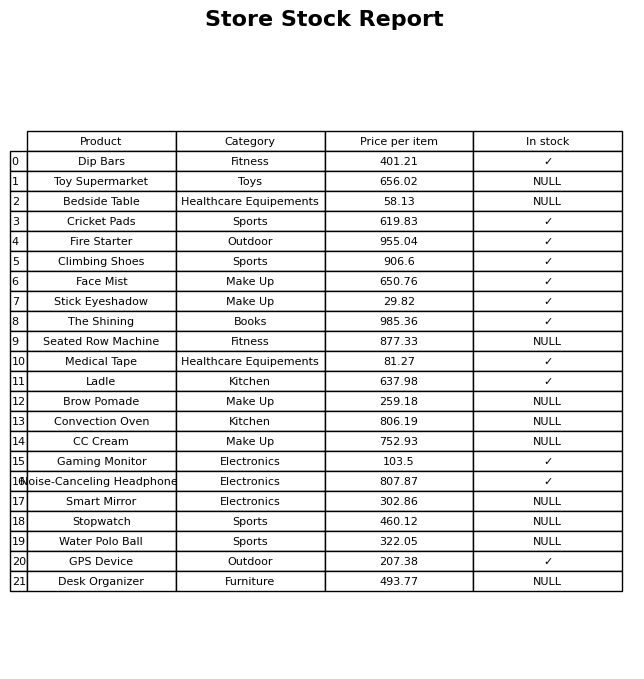
question: Is the Face Mist in stock?
answer: ✓